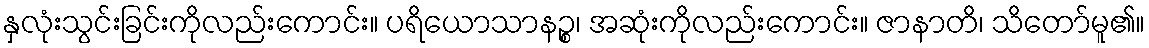
နှလုံးသွင်းခြင်းကိုလည်းကောင်း။ ပရိယောသာနဉ္စ၊ အဆုံးကိုလည်းကောင်း။ ဇာနာတိ၊ သိတော်မူ၏။